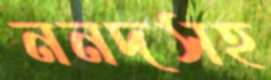
ননদসহ